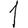
Digit: 1